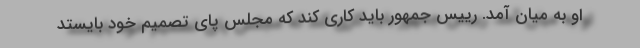
او به میان آمد. رییس جمهور باید کاری کند که مجلس پای تصمیم خود بایستد